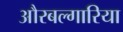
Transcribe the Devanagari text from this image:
औरबल्गारिया